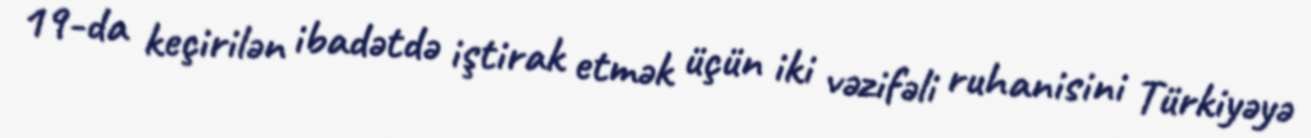
19-da keçirilən ibadətdə iştirak etmək üçün iki vəzifəli ruhanisini Türkiyəyə